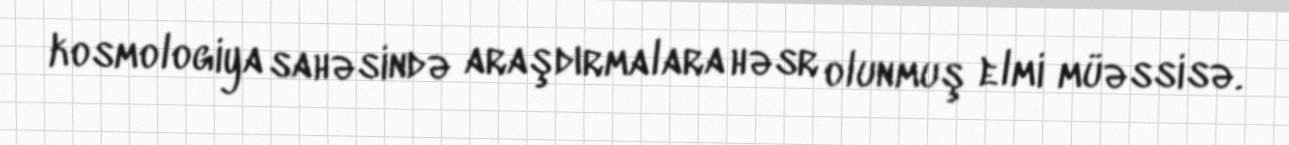
kosmologiya sahəsində araşdırmalara həsr olunmuş elmi müəssisə.